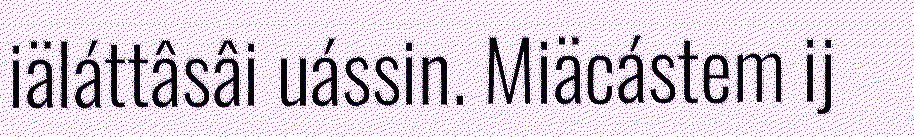
iäláttâsâi uássin. Miäcástem ij